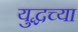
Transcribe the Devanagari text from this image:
युद्धच्या